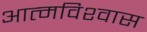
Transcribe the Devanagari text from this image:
आत्‍मविश्‍वास